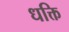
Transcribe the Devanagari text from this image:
धक्ति